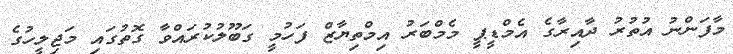
މާފަންނު އުތުރު ދާއިރާގެ އެމްޑީޕީ މެމްބަރު އިމްތިޔާޒް ފަހުމީ ގަބޫލުކުރައްވާ ގޮތުގައި މަޖިލީހުގެ